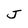
Character: J